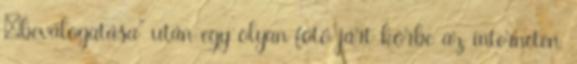
„beválogatása” után egy olyan fotó járt körbe az interneten,